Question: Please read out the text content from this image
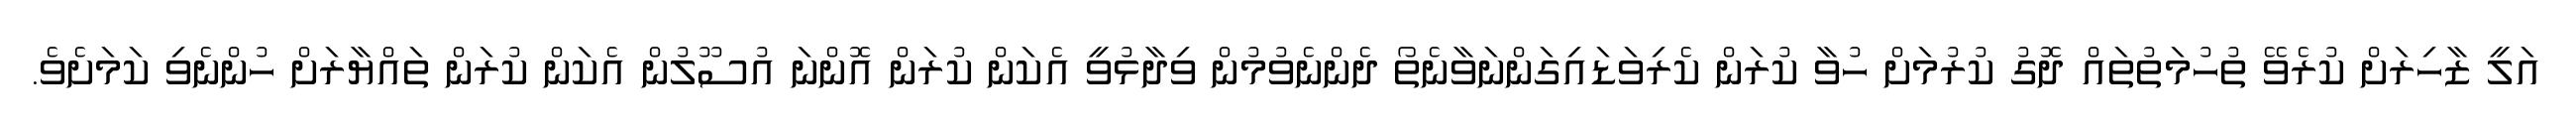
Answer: އަލީ ޒާހިރަށް ކުރެވޭ ތުހުމަތުތައް ދޮގު ކުރުމަށް ހުވާ ކުރަން ކެރިވަޑައިގަންނަވާނެތޯ ދެންނެވުމުން ވިދާޅުވީ އެކަން ކުރަން އޮންނަ އުސޫލުން އެކަން ކުރަން ތައްޔާރަށް ހުންނެވި ކަމަށެވެ.